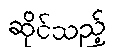
ဆိုင်သည့်